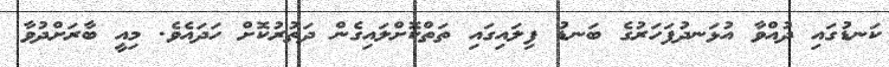
ކަނޑުގައި ދުއްވާ އުޅަނދުފަހަރުގެ ބަނޑު ފިލައިގައި ތަތްކޮށްލައިގެން ދަތުރުކޮށް ހަދައެވެ. މިއީ ބާރަށްދުވާ